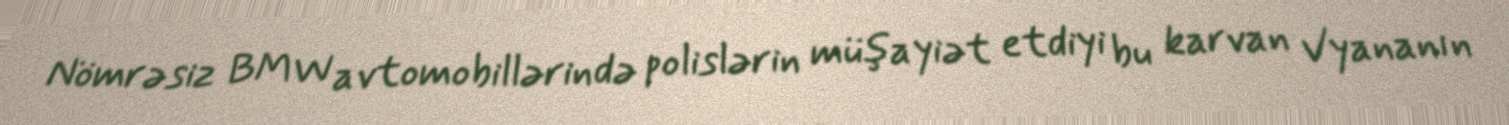
Nömrəsiz BMW avtomobillərində polislərin müşayiət etdiyi bu karvan Vyananın